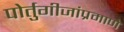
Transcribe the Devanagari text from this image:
पोर्तुगीजांप्रमाणे